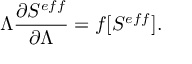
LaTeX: \Lambda \frac { \partial S ^ { e f f } } { \partial \Lambda } = f [ S ^ { e f f } ] .